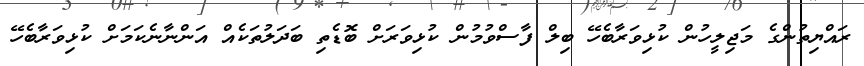
ރައްޔިތުންގެ މަޖިލީހުން ކުޅިވަރާބެހޭ ބިލް ފާސްވުމުން ކުޅިވަރަށް ބޮޑެތި ބަދަލުތަކެއް އަންނާނެކަމަށް ކުޅިވަރާބެހޭ